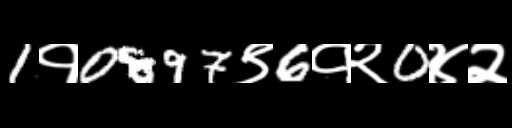
Text: 1१0897९6१२0४२